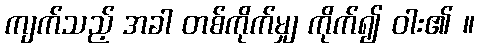
ကျက်သည့် အခါ တစ်ကိုက်မျှ ကိုက်၍ ဝါး၏ ။